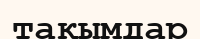
тақымдар